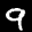
Label: 9